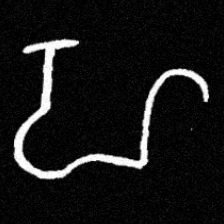
Pyu character \u2014 Myanmar letter: ဟ (romanized: ha)